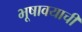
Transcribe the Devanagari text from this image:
भूषावयाची